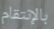
بالإنتقام